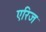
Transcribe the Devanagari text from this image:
एरिज